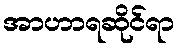
အာဟာရဆိုင်ရာ